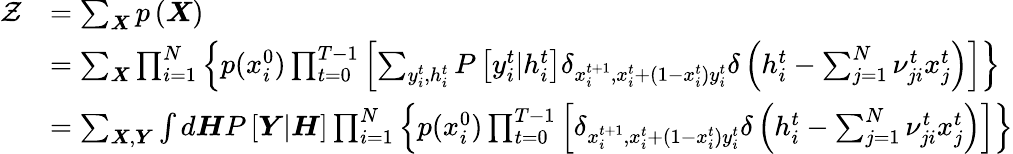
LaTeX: \begin{array}{rl}{\mathcal{Z}}&{=\sum_{\boldsymbol{X}}p\left(\boldsymbol{X}\right)}\\ &{=\sum_{\boldsymbol{X}}\prod_{i=1}^{N}\left\{ p(x_{i}^{0})\prod_{t=0}^{T-1}\left[\sum_{y_{i}^{t},h_{i}^{t}}P\left[y_{i}^{t}|h_{i}^{t}\right]\delta_{x_{i}^{t+1},x_{i}^{t}+(1-x_{i}^{t})y_{i}^{t}}\delta\left(h_{i}^{t}-\sum_{j=1}^{N}\nu_{ji}^{t}x_{j}^{t}\right)\right]\right\} }\\ &{=\sum_{\boldsymbol{X},\boldsymbol{Y}}\int d\boldsymbol{H}P\left[\boldsymbol{Y}|\boldsymbol{H}\right]\prod_{i=1}^{N}\left\{ p(x_{i}^{0})\prod_{t=0}^{T-1}\left[\delta_{x_{i}^{t+1},x_{i}^{t}+(1-x_{i}^{t})y_{i}^{t}}\delta\left(h_{i}^{t}-\sum_{j=1}^{N}\nu_{ji}^{t}x_{j}^{t}\right)\right]\right\} }\end{array}